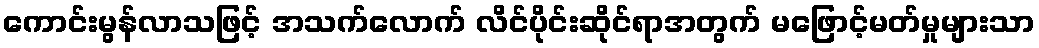
ကောင်းမွန်လာသဖြင့် အသက်လောက် လိင်ပိုင်းဆိုင်ရာအတွက် မဖြောင့်မတ်မှုများသာ